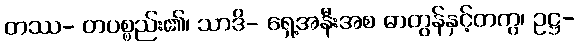
တဿ- တပစ္စည်း၏၊ သာဒိ- ရှေ့အနီးအစ ဓာတွန်နှင့်တကွ၊ ဥဋ္ဌ-